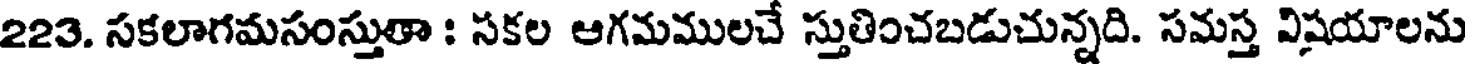
223. సకలాగమసంస్తుతా : సకల ఆగమములచే స్తుతించబడుచున్నది. సమస్త విషయాలను